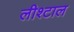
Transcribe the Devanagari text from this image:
लीश्टाल